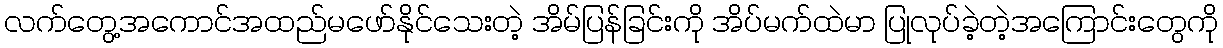
လက်တွေ့အကောင်အထည်မဖော်နိုင်သေးတဲ့ အိမ်ပြန်ခြင်းကို အိပ်မက်ထဲမာ ပြုလုပ်ခဲ့တဲ့အကြောင်းတွေကို